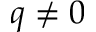
q \neq 0